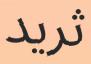
ثريد